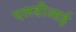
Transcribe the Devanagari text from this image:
एलडीआई